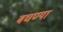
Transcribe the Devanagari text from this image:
बघण्या